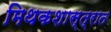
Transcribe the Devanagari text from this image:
मिथकशास्त्रात